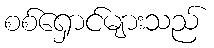
စစ်ရှောင်များသည်